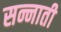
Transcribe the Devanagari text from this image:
सन्नाती